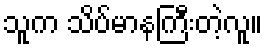
သူက သိပ်မာနကြီးတဲ့လူ။